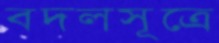
বদলসূত্রে